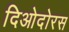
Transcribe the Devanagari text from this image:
दिओदोरस